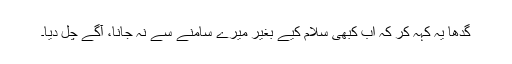
گدھا یہ کہہ کر کہ اب کبھی سلام کیے بغیر میرے سامنے سے نہ جانا، آگے چل دیا۔